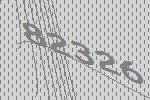
82326